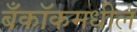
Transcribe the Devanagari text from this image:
बँकॉकमधील